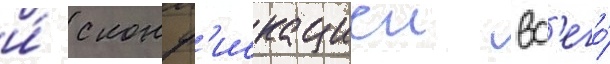
и́ с конф'искациеи вс'его́